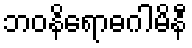
ဘဝနိရောဓဂါမိနီ